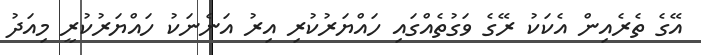
އޭގެ ތެރެެެއިން އެކަކު ރޭގެ ވަގުތެއްގައި ހައްޔަރުކުރި އިރު އަނެނަކު ހައްޔަރުކުރީ މިއަދު